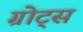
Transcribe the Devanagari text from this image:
ग्रोट्स